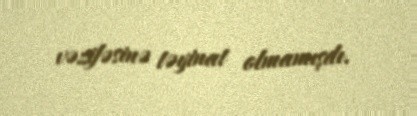
vəzifəsinə təyinat olmamışdı.